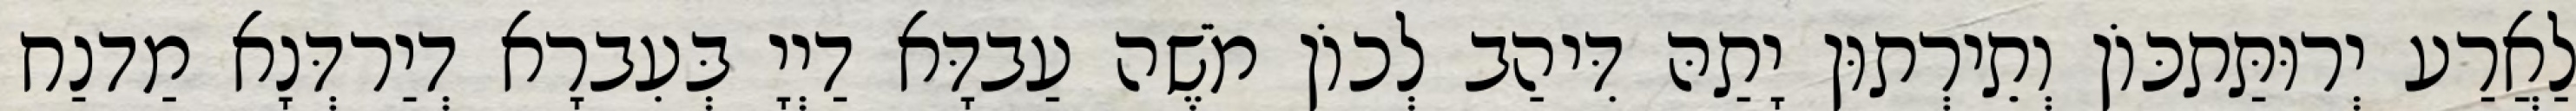
לַאֲרַע יְרוּתַּתכּוֹן וְתֵירְתוּן יָתַהּ דִּיהַב לְכוֹן מֹשֶׁה עַבדָּא דַיְיָ בְּעִברָא דְיַרדְּנָא מַדנַח